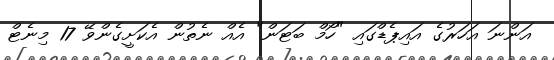
އަންނަ އަހަރުގެ އައިޕެޑްގައި "ހޯމް ބަޓަން" އެއް ނެތުން އެކަށީގެންވޭ 17 މިނެޓް